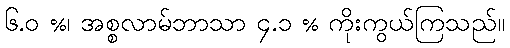
၆.ဝ %၊ အစ္စလာမ်ဘာသာ ၄.၁ % ကိုးကွယ်ကြသည်။